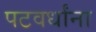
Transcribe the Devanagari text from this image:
पटवर्धांना